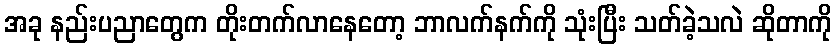
အခု နည်းပညာတွေက တိုးတက်လာနေတော့ ဘာလက်နက်ကို သုံးပြီး သတ်ခဲ့သလဲ ဆိုတာကို